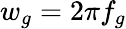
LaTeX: w_{g}=2\pi f_{g}